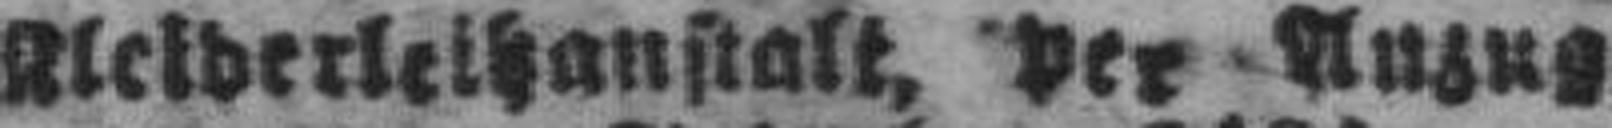
Kleiderleihanstalt, per Anzug